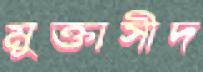
মুক্তাসীদ